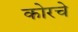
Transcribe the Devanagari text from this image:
कोरचे